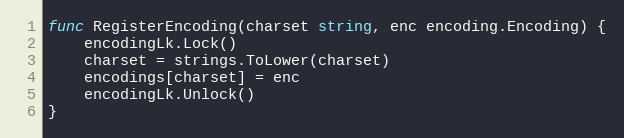
Language: Go
func RegisterEncoding(charset string, enc encoding.Encoding) {
	encodingLk.Lock()
	charset = strings.ToLower(charset)
	encodings[charset] = enc
	encodingLk.Unlock()
}